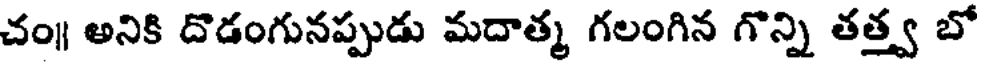
చం॥ అనికి దొడంగునప్పుడు మదాత్మ గలంగిన గొన్ని తత్త్వ బో